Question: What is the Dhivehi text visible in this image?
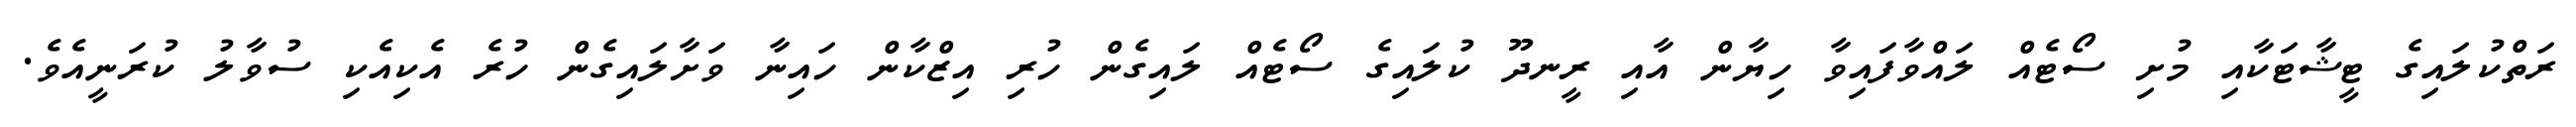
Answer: ރަތްކުލައިގެ ޓީޝާޓަކާއި މުށި ސޯޓެއް ލައްވާފައިވާ ހިޔާން އާއި ރީނދޫ ކުލައިގެ ސޯޓެއް ލައިގެން ހުރި އިޒްކާން ހައިނާ ވަށާލައިގެން ހުރެ އެކިއެކި ސުވާލު ކުރަނީއެވެ.